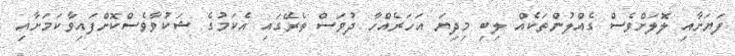
ފަޔަށާއި ލޮލަށްވެސް ގެއްލުންތަކެއް ލިބި މިދިޔަ އަހަރެއްހާ ދުވަސް ތެރޭގައި އެކަމުގެ ޝަކުވާވެސްކޮށްފައިވާކަމަށާއި